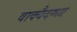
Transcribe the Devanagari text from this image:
वाक्वैदग्ध्य